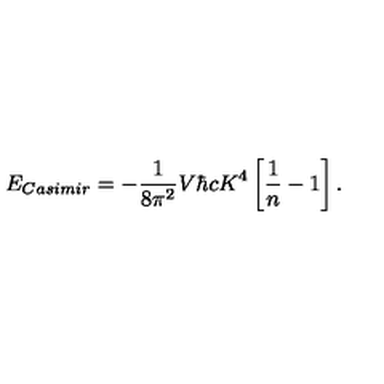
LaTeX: E _ { \small C a s i m i r } = - { \frac { 1 } { 8 \pi ^ { 2 } } } V \hbar c K ^ { 4 } \left[ { \frac { 1 } { n } } - 1 \right] .